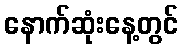
နောက်ဆုံးနေ့တွင်